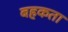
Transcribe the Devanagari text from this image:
बहकता